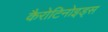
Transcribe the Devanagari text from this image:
कैरोटिनोइड्स